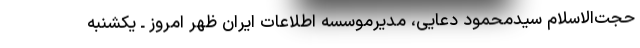
حجت‌الاسلام سیدمحمود دعایی، مدیرموسسه اطلاعات ایران ظهر امروز ـ یکشنبه